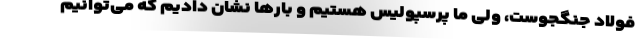
فولاد جنگجوست، ولی ما پرسپولیس هستیم و بارها نشان دادیم که می‌توانیم